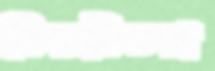
কিরকিচরা